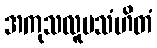
အကုသလူပသံဟိတံ